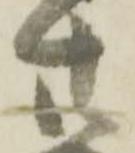
廿